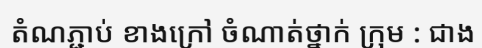
តំណភ្ជាប់ ខាងក្រៅ ចំណាត់ថ្នាក់ ក្រុម : ជាង